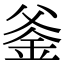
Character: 𨥏